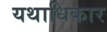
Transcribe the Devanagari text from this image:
यथाधिकार